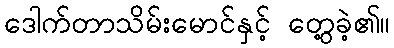
ဒေါက်တာသိမ်းမောင်နှင့် တွေ့ခဲ့၏။